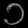
Digit: ၁